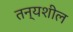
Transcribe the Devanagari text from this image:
तन्यशील